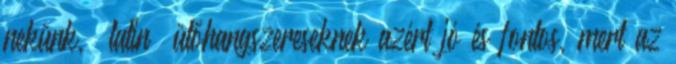
nekünk, „latin” ütőhangszereseknek azért jó és fontos, mert az